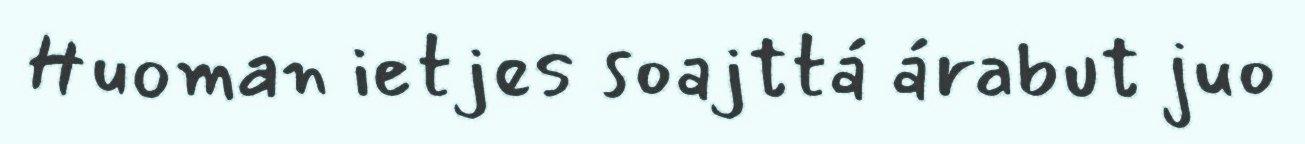
Huoman ietjes soajttá árabut juo